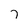
Character: 7